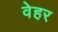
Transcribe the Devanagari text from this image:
वेहर